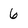
Character: 6